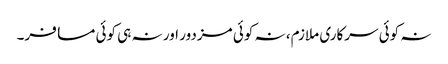
نہ کوئی سرکاری ملازم، نہ کوئی مزدور اور نہ ہی کوئی مسافر۔